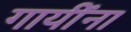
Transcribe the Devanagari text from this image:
गायींना